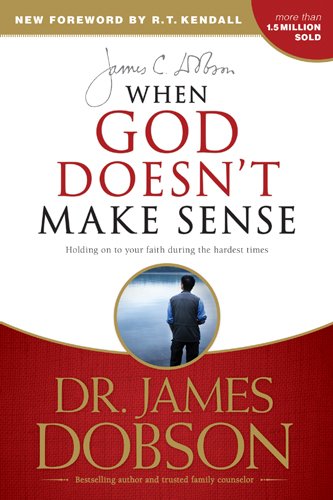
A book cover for When God Doesn't Make Sense; James C. Dobson; Christian Books & Bibles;